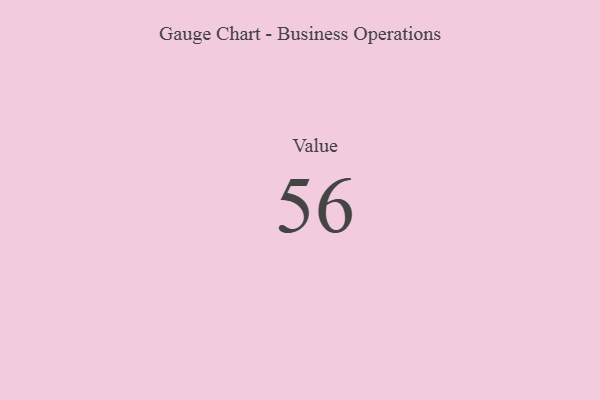
{"axis": {"x": "Metric", "y": "Value"}, "legend": [""], "data": [{"x": "Value", "y": 56, "type": ""}]}